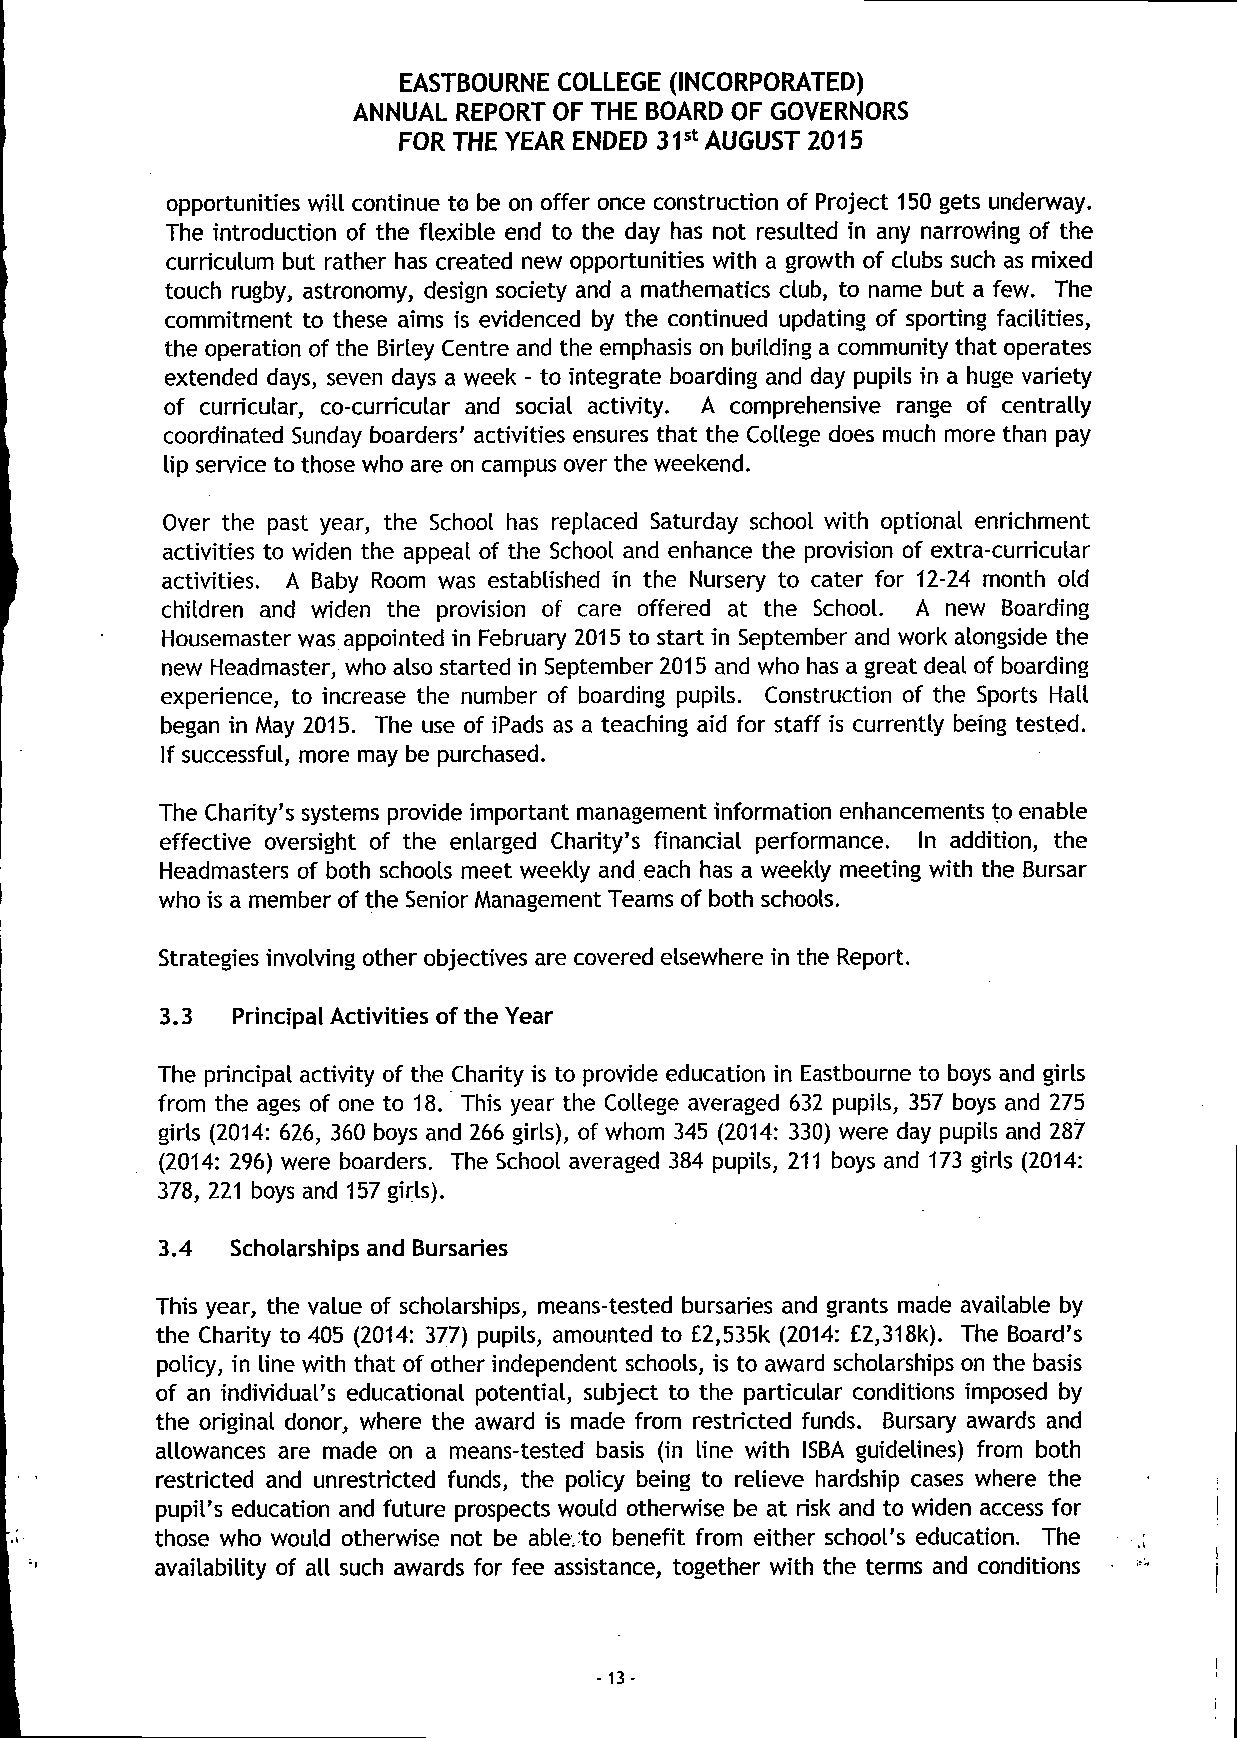
EASTBOURNE COLLEGE (INCORPORATED)
 ANNUAL REPORT OF THE BOARD OF GOVERNORS
 FOR THE YEAR ENDED 31st AUGUST 2015
 opportunities will continue to be on offer once construction of Project 150 gets underway.
 The introduction of the flexible end to the day has not resulted in any narrowing of the
 curriculum but rather has created new opportunities with a growth of clubs such as mixed
 touch rugby, astronomy, design society and a mathematics club, to name but a few. The
 commitment to these aims is evidenced by the continued updating of sporting facilities,
 the operation of the Birley Centre and the emphasis on building a community that operates
 extended days, seven days a week - to integrate boarding and day pupils in a huge variety
 of curricular, co-curricular and social activity. A comprehensive range of centrally
 coordinated Sunday boarders' activities ensures that the College does much more than pay
 lip service to those who are on campus over the weekend.
 Over the past year, the School has replaced Saturday school with optional enrichment
 activities to widen the appeal of the School and enhance the provision of extra-curricular
 activities. A Baby Room was established in the Nursery to cater for 12-24 month old
 children and widen the provision of care offered at the School. A new Boarding
 Housemaster was appointed in February 2015 to start in September and work alongside the
 new Headmaster, who also started in September 2015 and who has a great deal of boarding
 experience, to increase the number of boarding pupils. Construction of the Sports Hall
 began in May 2015. The use of iPads as a teaching aid for staff is currently being tested.
 If successful, more may be purchased.
 The Charity's systems provide important management information enhancements to enable
 effective oversight of the enlarged Charity's financial performance. In addition, the
 Headmasters of both schools meet weekly and each has a weekly meeting with the Bursar
 who is a member of the Senior Management Teams of both schools.
 Strategies involving other objectives are covered elsewhere in the Report.
 3.3 Principal Activities of the Year
 The principal activity of the Charity is to provide education in Eastbourne to boys and girls
 from the ages of one to 18. This year the College averaged 632 pupils, 357 boys and 275
 girls (2014: 626, 360 boys and 266 girls), of whom 345 (2014: 330) were day pupils and 287
 (2014: 296) were boarders. The School averaged 384 pupils, 211 boys and 173 girls (2014:
 378, 221 boys and 157 girls).
 3.4  Scholarships and Bursaries
 This year, the value of scholarships, means-tested bursaries and grants made available by
 the Charity to 405 (2014: 377) pupils, amounted to £2,535k (2014: £2,318k). The Board's
 policy, in line with that of other independent schools, is to award scholarships on the basis
 of an individual's educational potential, subject to the particular conditions imposed by
 the original donor, where the award is made from restricted funds. Bursary awards and
 allowances are made on a means-tested basis (in line with ISBA guidelines) from both
 restricted and unrestricted funds, the policy being to relieve hardship cases where the
 pupil's education and future prospects would otherwise be at risk and to widen access for
 those who would otherwise not be able,to benefit from either school's education. The
 availability of all such awards for fee assistance, together with the terms and conditions
 I
 - 13-